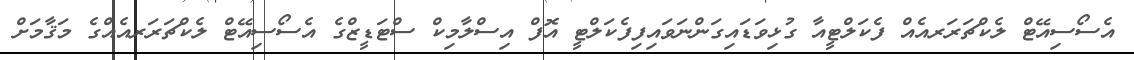
އެސޯސިއޭޓް ލެކްޗަރަރއެއް ފެކަލްޓީއާ ގުޅިވަޑައިގަންނަވައިފިފެކަލްޓީ އޮފް އިސްލާމިކް ސްޓަޑީޒްގެ އެސޯސިއޭޓް ލެކްޗަރަރއެއްގެ މަޤާމަށް